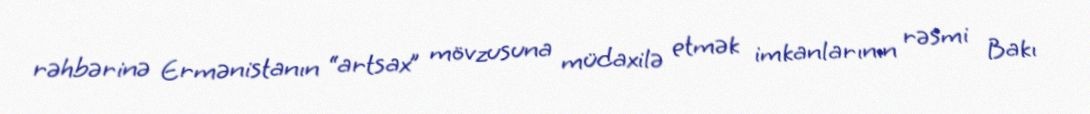
rəhbərinə Ermənistanın “artsax” mövzusuna müdaxilə etmək imkanlarının rəsmi Bakı